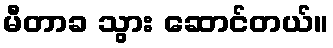
မီတာခ သွား ဆောင်တယ်။